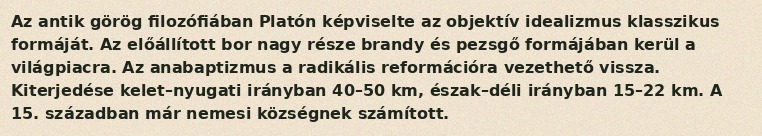
Az antik görög filozófiában Platón képviselte az objektív idealizmus klasszikus formáját. Az előállított bor nagy része brandy és pezsgő formájában kerül a világpiacra. Az anabaptizmus a radikális reformációra vezethető vissza. Kiterjedése kelet–nyugati irányban 40–50 km, észak–déli irányban 15–22 km. A 15. században már nemesi községnek számított.